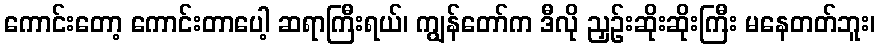
ကောင်းတော့ ကောင်းတာပေါ့ ဆရာကြီးရယ်၊ ကျွန်တော်က ဒီလို ညှဉ်းဆိုးဆိုးကြီး မနေတတ်ဘူး၊